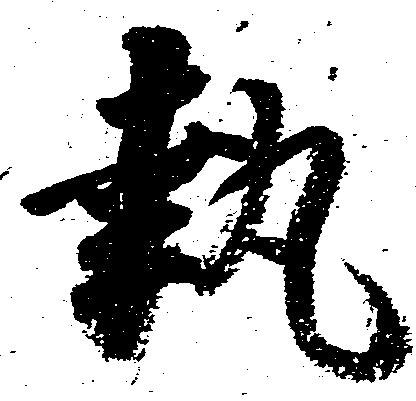
執